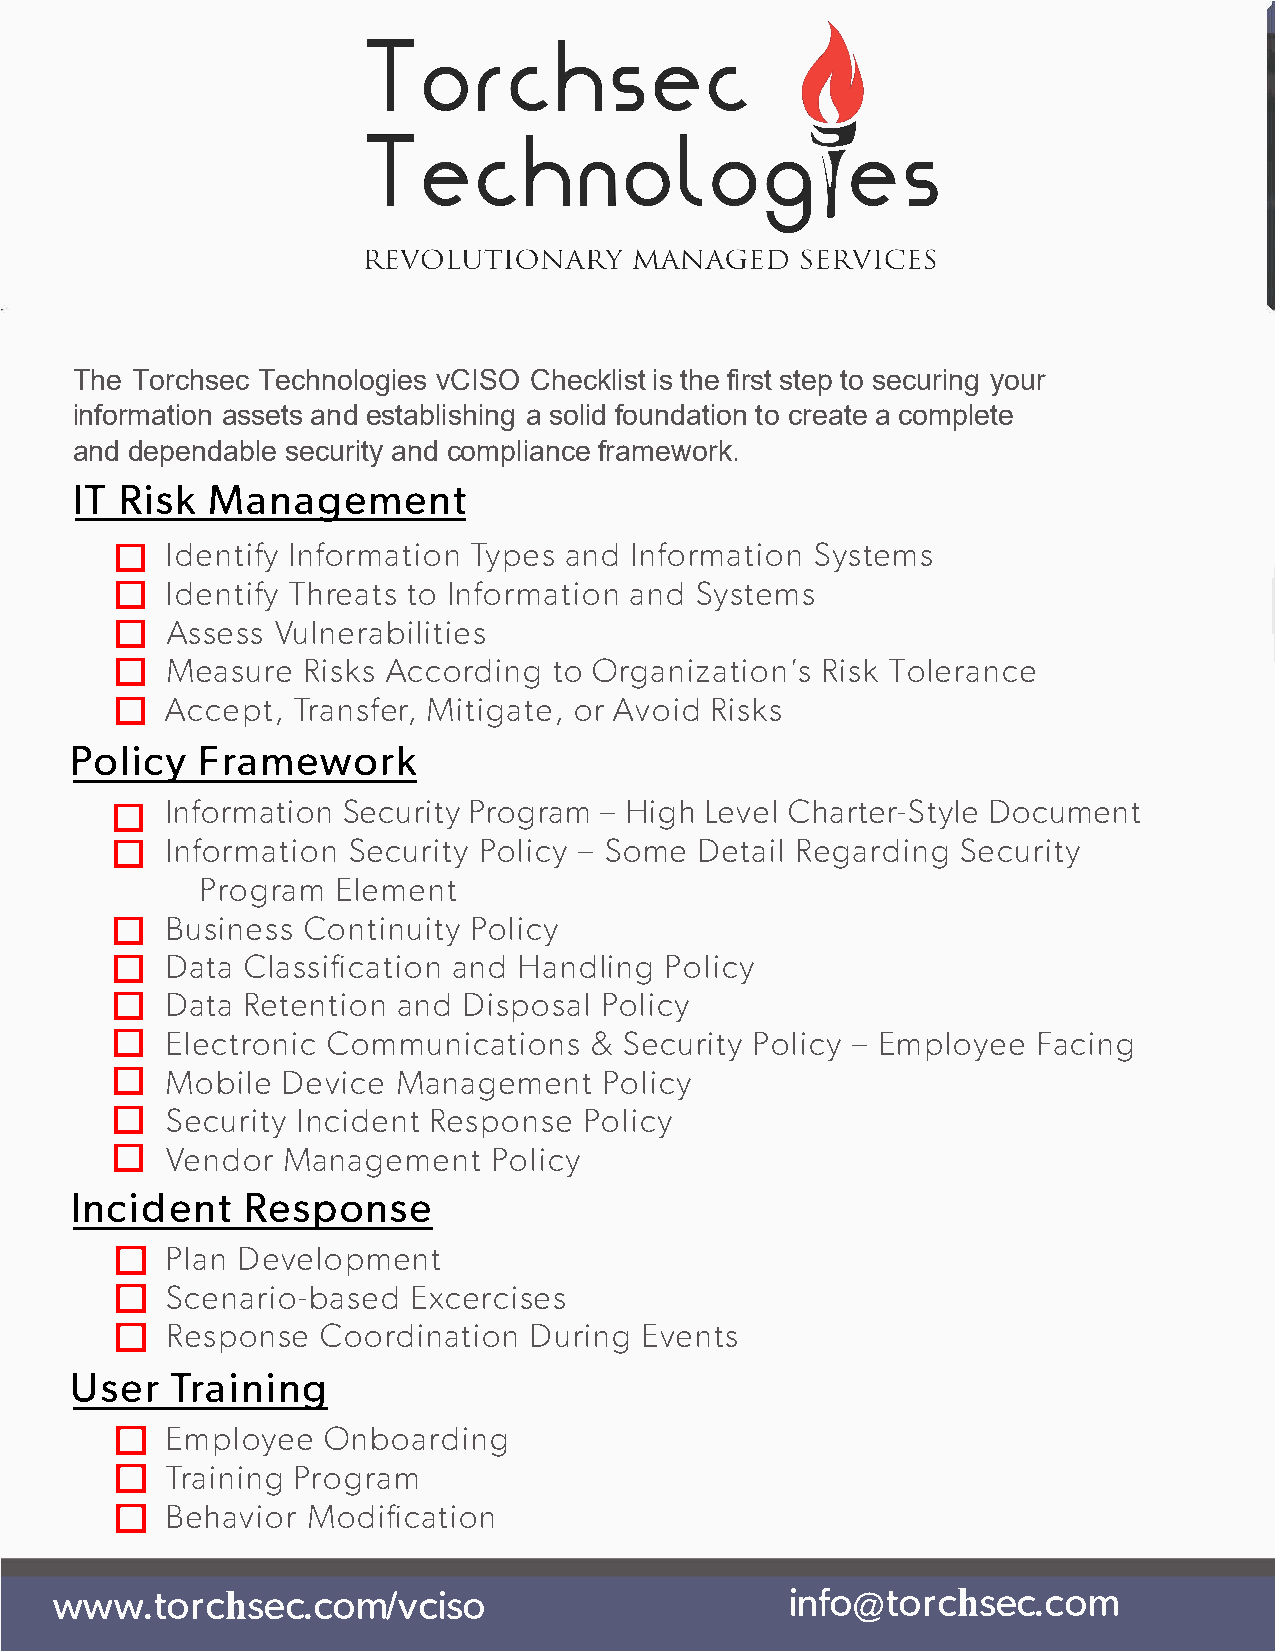
The Torchsec Technologies vCISO Checklist is the first step to securing your
 information assets and establishing a solid foundation to create a complete
 and dependable security and compliance framework.
 ITR   isMka    nage       ment
 D
 IdenItniffoyr       mTaytpaienosIdn n formSaytsitoenm    s
 D
 IdenTtrhiefatytoI   s n formaanStdyi    sotne  ms
 D
 AsseVsusl     nerabilities
 D
 MeasRuirseAk     csc  ortdoOi  rngga  nizRaitTsilokoe nr'asn  ce
 D
 AcceTprta,enr    Ms,if tigoarAt veo,Ri ids ks
 PoliFcrya        mew     ork
 D
 InforSmeactuiProrinot      gy-r HaimgL he vCehla rteDro-cSutmyelnet
 D
 InformSaetciuPoronil      t-iySc oym Dee tRaeigla  rSdeicnugr   ity
 ProgErlaemm        ent
 D
 BusiCnoenstsi       Pnouliitcyy
 D
 DatCal    assiafniHdca    nadlt iinogn   Policy
 D
 DatRae    tenatniDdoi   ns pPooslailc    y
 D
 ElectCroomnmiucn         ic&aS  teicounrsi  t-yE  mPpolloFiyacecyei ng
 D
 MobiDleev      iMcaen agePmoelnitc       y
 D
 SecurInictiydR     eenstp  oPnoslei  cy
 D
 VendMoarn      agePmoelnitc      y
 IncidReenstp           onse
 D
 PlaDnev     elopment
 D
 ScenariEox-cbearsceids             es
 D
 RespoCnosoer        diDnuartiiEnovgne  nts
 UseTrr      ai    ning
 D
 EmploOynebeo        arding
 D
 TraiPnrionggr       am
 D
 BehaMvoidoirf        ication
 wwwt.o      rchsec.com/vciins                       foo@torchsec.com